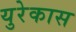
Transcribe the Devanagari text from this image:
युरेकास